Veterinary regulations India, 1939 -
Year: 1939
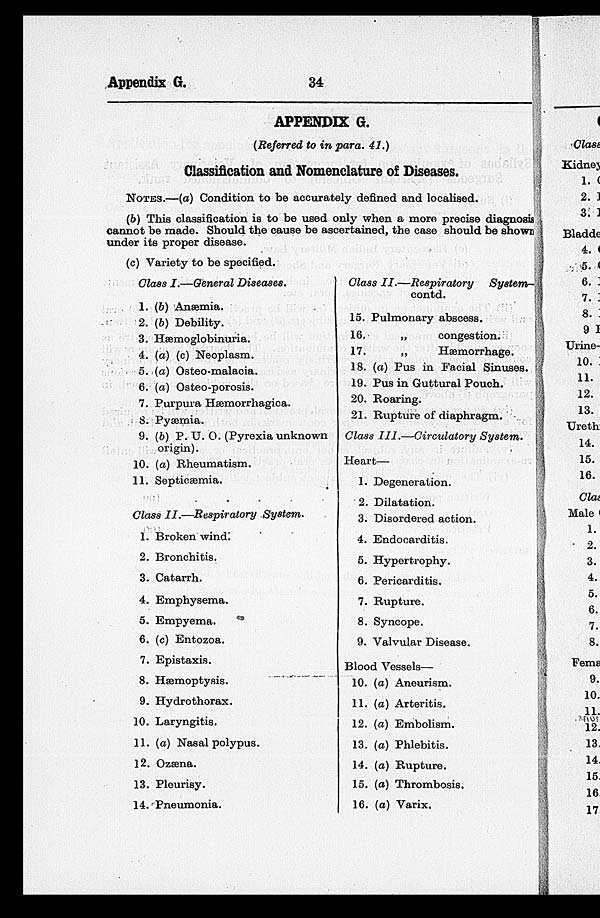
Appendix G.
34
APPENDIX G.
(Referred to in para. 41.)
Classification and Nomenclature of Diseases.
NOTES.—(a) Condition to be accurately defined and localised.
(b) This classification is to be used only when a more precise diagnosis
cannot be made. Should the cause be ascertained, the case should be shown
under its proper disease.
(c) Variety to be specified.
Class I.—General Diseases.
1. (b) Anæmia.
2. (b) Debility.
3. Hæmoglobinuria.
4. (a) (c) Neoplasm.
5. (a) Osteo-malacia.
6. (a) Osteo-porosis.
7. Purpura Hæmorrhagica.
8. Pyemia.
9. (b) P. U. O. (Pyrexia unknown
origin).
10. (a) Rheumatism.
11. Septicæmia.
Class II.—Respiratory
System.
1. Broken wind.
2. Bronchitis.
3. Catarrh.
4. Emphysema.
5. Empyema.
6. (c) Entozoa.
7. Epistaxis.
8. Haemoptysis.
9. Hydrothorax.
10. Laryngitis.
11. (a) Nasal polypus.
12. Ozæna.
13. Pleurisy.
14. Pneumonia.
Class II.—Respiratory
System-
contd.
15. Pulmonary abscess.
16.
„
congestion.
17.
„
Hemorrhage.
18. (a) Pus in Facial Sinuses.
19. Pus in Guttural Pouch.
20. Roaring.
21. Rupture of diaphragm.
Class III.—Circulatory
System.
Heart—
1. Degeneration.
2. Dilatation.
3. Disordered action.
4. Endocarditis.
5. Hypertrophy.
6. Pericarditis.
7. Rupture.
8. Syncope.
9. Valvular Disease.
Blood Vessels—
10. (a) Aneurism.
11. (a) Arteritis.
12. (a) Embolism.
13. (a) Phlebitis.
14. (a) Rupture.
15. (a) Thrombosis.
16. (a) Varix.